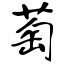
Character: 萄